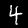
Digit: 4